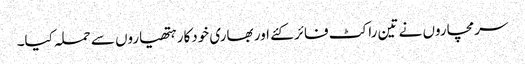
سرمچاروں نے تین راکٹ فائر کئے اور بھاری خودکار ہتھیاروں سے حملہ کیا۔